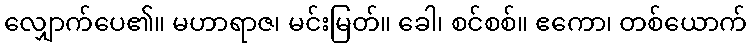
လျှောက်ပေ၏။ မဟာရာဇ၊ မင်းမြတ်။ ခေါ၊ စင်စစ်။ ဧကော၊ တစ်ယောက်